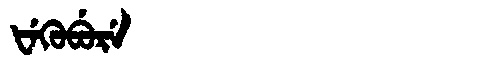
Manchu: ᡶᡝᡴᡠᠪᡠᡵᡝ
Romanization: FEKUBURE